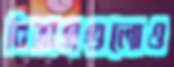
বিভাগগুলোও